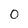
Character: 0